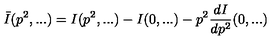
\bar { I } ( p ^ { 2 } , . . . ) = I ( p ^ { 2 } , . . . ) - I ( 0 , . . . ) - p ^ { 2 } \frac { d I } { d p ^ { 2 } } ( 0 , . . . )